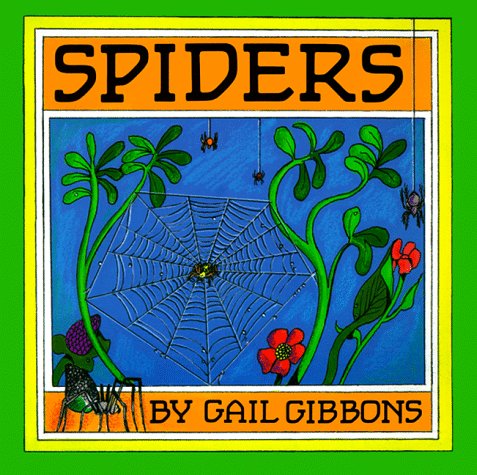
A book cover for Spiders; Gail Gibbons; Children's Books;